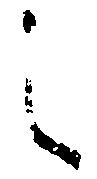
之